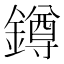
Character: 鐏